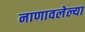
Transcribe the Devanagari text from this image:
नाणावलेल्या